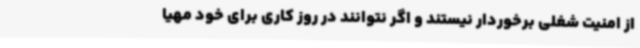
از امنیت شغلی برخوردار نیستند و اگر نتوانند در روز کاری برای خود مهیا